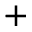
^ { + }